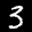
Label: 3